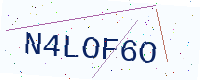
Text: N4LOF6O